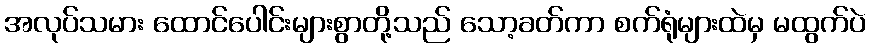
အလုပ်သမား ထောင်ပေါင်းများစွာတို့သည် သော့ခတ်ကာ စက်ရုံများထဲမှ မထွက်ပဲ